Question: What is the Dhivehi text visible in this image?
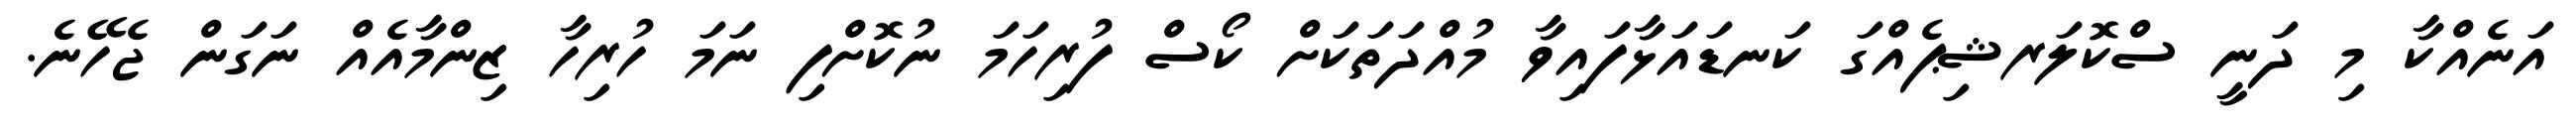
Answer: އަނެއްކާ މި ދަނީ ސްކޮލަރޝިޕެއްގަ ކަނޑައަޅާފައިވާ މުއްދަތަކަށް ކޯސް ފުރިހަމަ ނުކޮށްފި ނަމަ ހުރިހާ ޒިންމާއެއް ނަގަން ޖެހޭނެ.